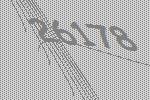
26178